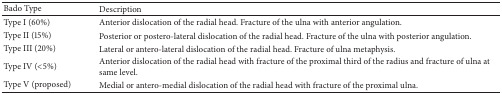
| Bado Type | Description |
 | --- | --- |
 | Type I (60%) | Anterior dislocation of the radial head. Fracture of the ulna with anterior angulation. |
 | Type II (15%) | Posterior or postero-lateral dislocation of the radial head. Fracture of the ulna with posterior angulation. |
 | Type III (20%) | Lateral or antero-lateral dislocation of the radial head. Fracture of ulna metaphysis. |
 | Type IV (<5%) | Anterior dislocation of the radial head with fracture of the proximal third of the radius and fracture of ulna at same level. |
 | Type V (proposed) | Medial or antero-medial dislocation of the radial head with fracture of the proximal ulna. |